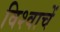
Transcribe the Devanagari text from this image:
विश्वाचें